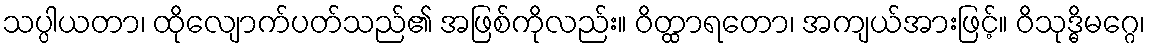
သပ္ပါယတာ၊ ထိုလျောက်ပတ်သည်၏ အဖြစ်ကိုလည်း။ ဝိတ္ထာရတော၊ အကျယ်အားဖြင့်။ ဝိသုဒ္ဓိမဂ္ဂေ၊